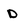
Character: D